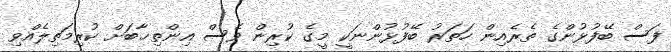
ފަސް ބޭފުޅުންގެ ތެރެއިން ހަތަރު ބޭފުޅުންނަކީ މީގެ ކުރިން ވެސް އިންތިޚާބަށް ކުރިމަތިލެއްވި